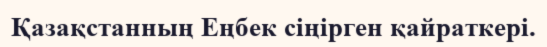
Қазақстанның Еңбек сіңірген қайраткері.